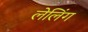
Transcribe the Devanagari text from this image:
लेलिंग